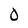
Character: 0